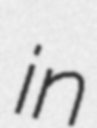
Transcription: in